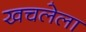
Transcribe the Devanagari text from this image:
खचलेला